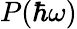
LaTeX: P(\hbar\omega)